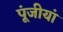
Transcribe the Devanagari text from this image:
पूंजीयां